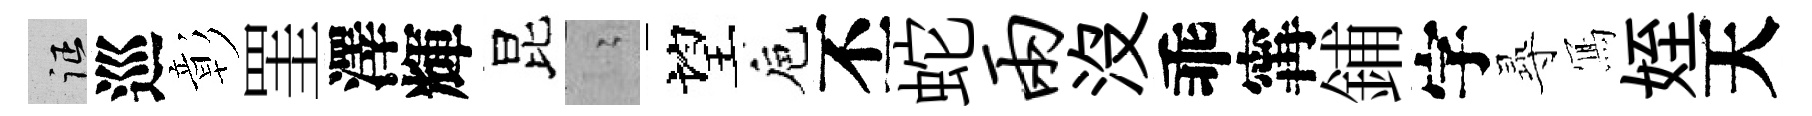
征巡彰罣澤輝昆隐望巵丕蛇两没乖𡩋鋪字𡬶𭂁姪天